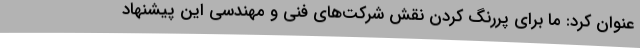
عنوان کرد: ما برای پررنگ کردن نقش شرکت‌های فنی و مهندسی این پیشنهاد